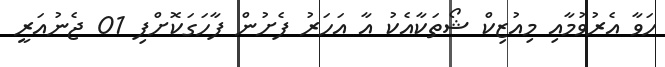
ހަވާ އެރުވުމާއި މިއުޒިކް ޝޯތަކާއެކު އާ އަހަރު ފެށުން ފާހަގަކޮށްފި 01 ޖެނުއަރީ